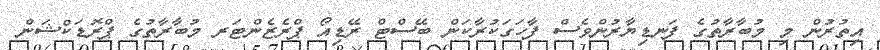
އިތުރުން މި މުބާރާތުގެ ފަނޑިޔާރުންވެސް ފާހަގަކުރާކަން ބޭސްޓް ރޭޑިއޯ ޕްރެޒެންޓަރ މުބާރާތުގެ ޕްރޮޑަކްޝަން